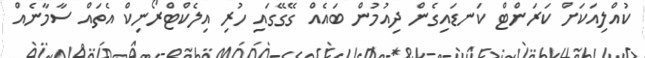
ކުއްލިއަކަށް ކަރަންޓް ކަނޑައިގެން ދިއުމުން ބައެއް ގޭގޭގައި ހުރި އިލެކްޓްރޯނިކް އެތައް ސާމާނެއް